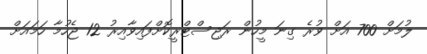
ލުމަށް 700 އަށް ވުރެ ގިނަ މީހުން ރަޖިސްޓްރީކޮށްފައިވާއިރު 12 ޖެހުމާ ހަމައަށް